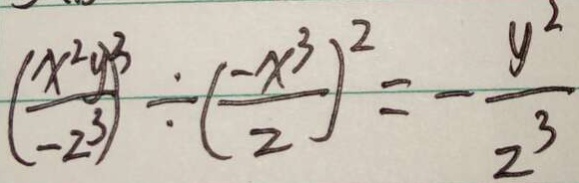
( \frac { x ^ { 2 } - y ) ^ { 3 } } { 2 ^ { 3 } ) } \div ( \frac { - x ^ { 3 } } { 2 } ) ^ { 2 } = - \frac { y ^ { 2 } } { 2 ^ { 3 } }